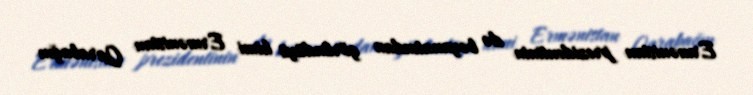
Ermənistan prezidentinin də bəyanatından göründüyü kimi Ermənistan Qarabağın